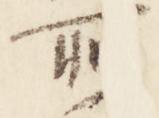
所